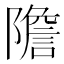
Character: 𨼮